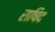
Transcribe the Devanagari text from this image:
राषिद